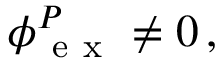
\boldsymbol \phi { } _ { \mathrm { ~ e ~ x ~ } } ^ { P } \neq 0 \, ,